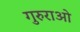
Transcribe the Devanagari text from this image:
गुरुराओ